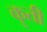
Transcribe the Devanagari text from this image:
कॄती